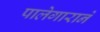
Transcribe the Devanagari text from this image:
पालेगाराने